Bréfritari: Andrés Fjeldsted
Viðtakandi: Einar Friðgeirsson
Dagsetning: A-1888-10-15
Skrifað á: Hvítárvöllum  Borg.

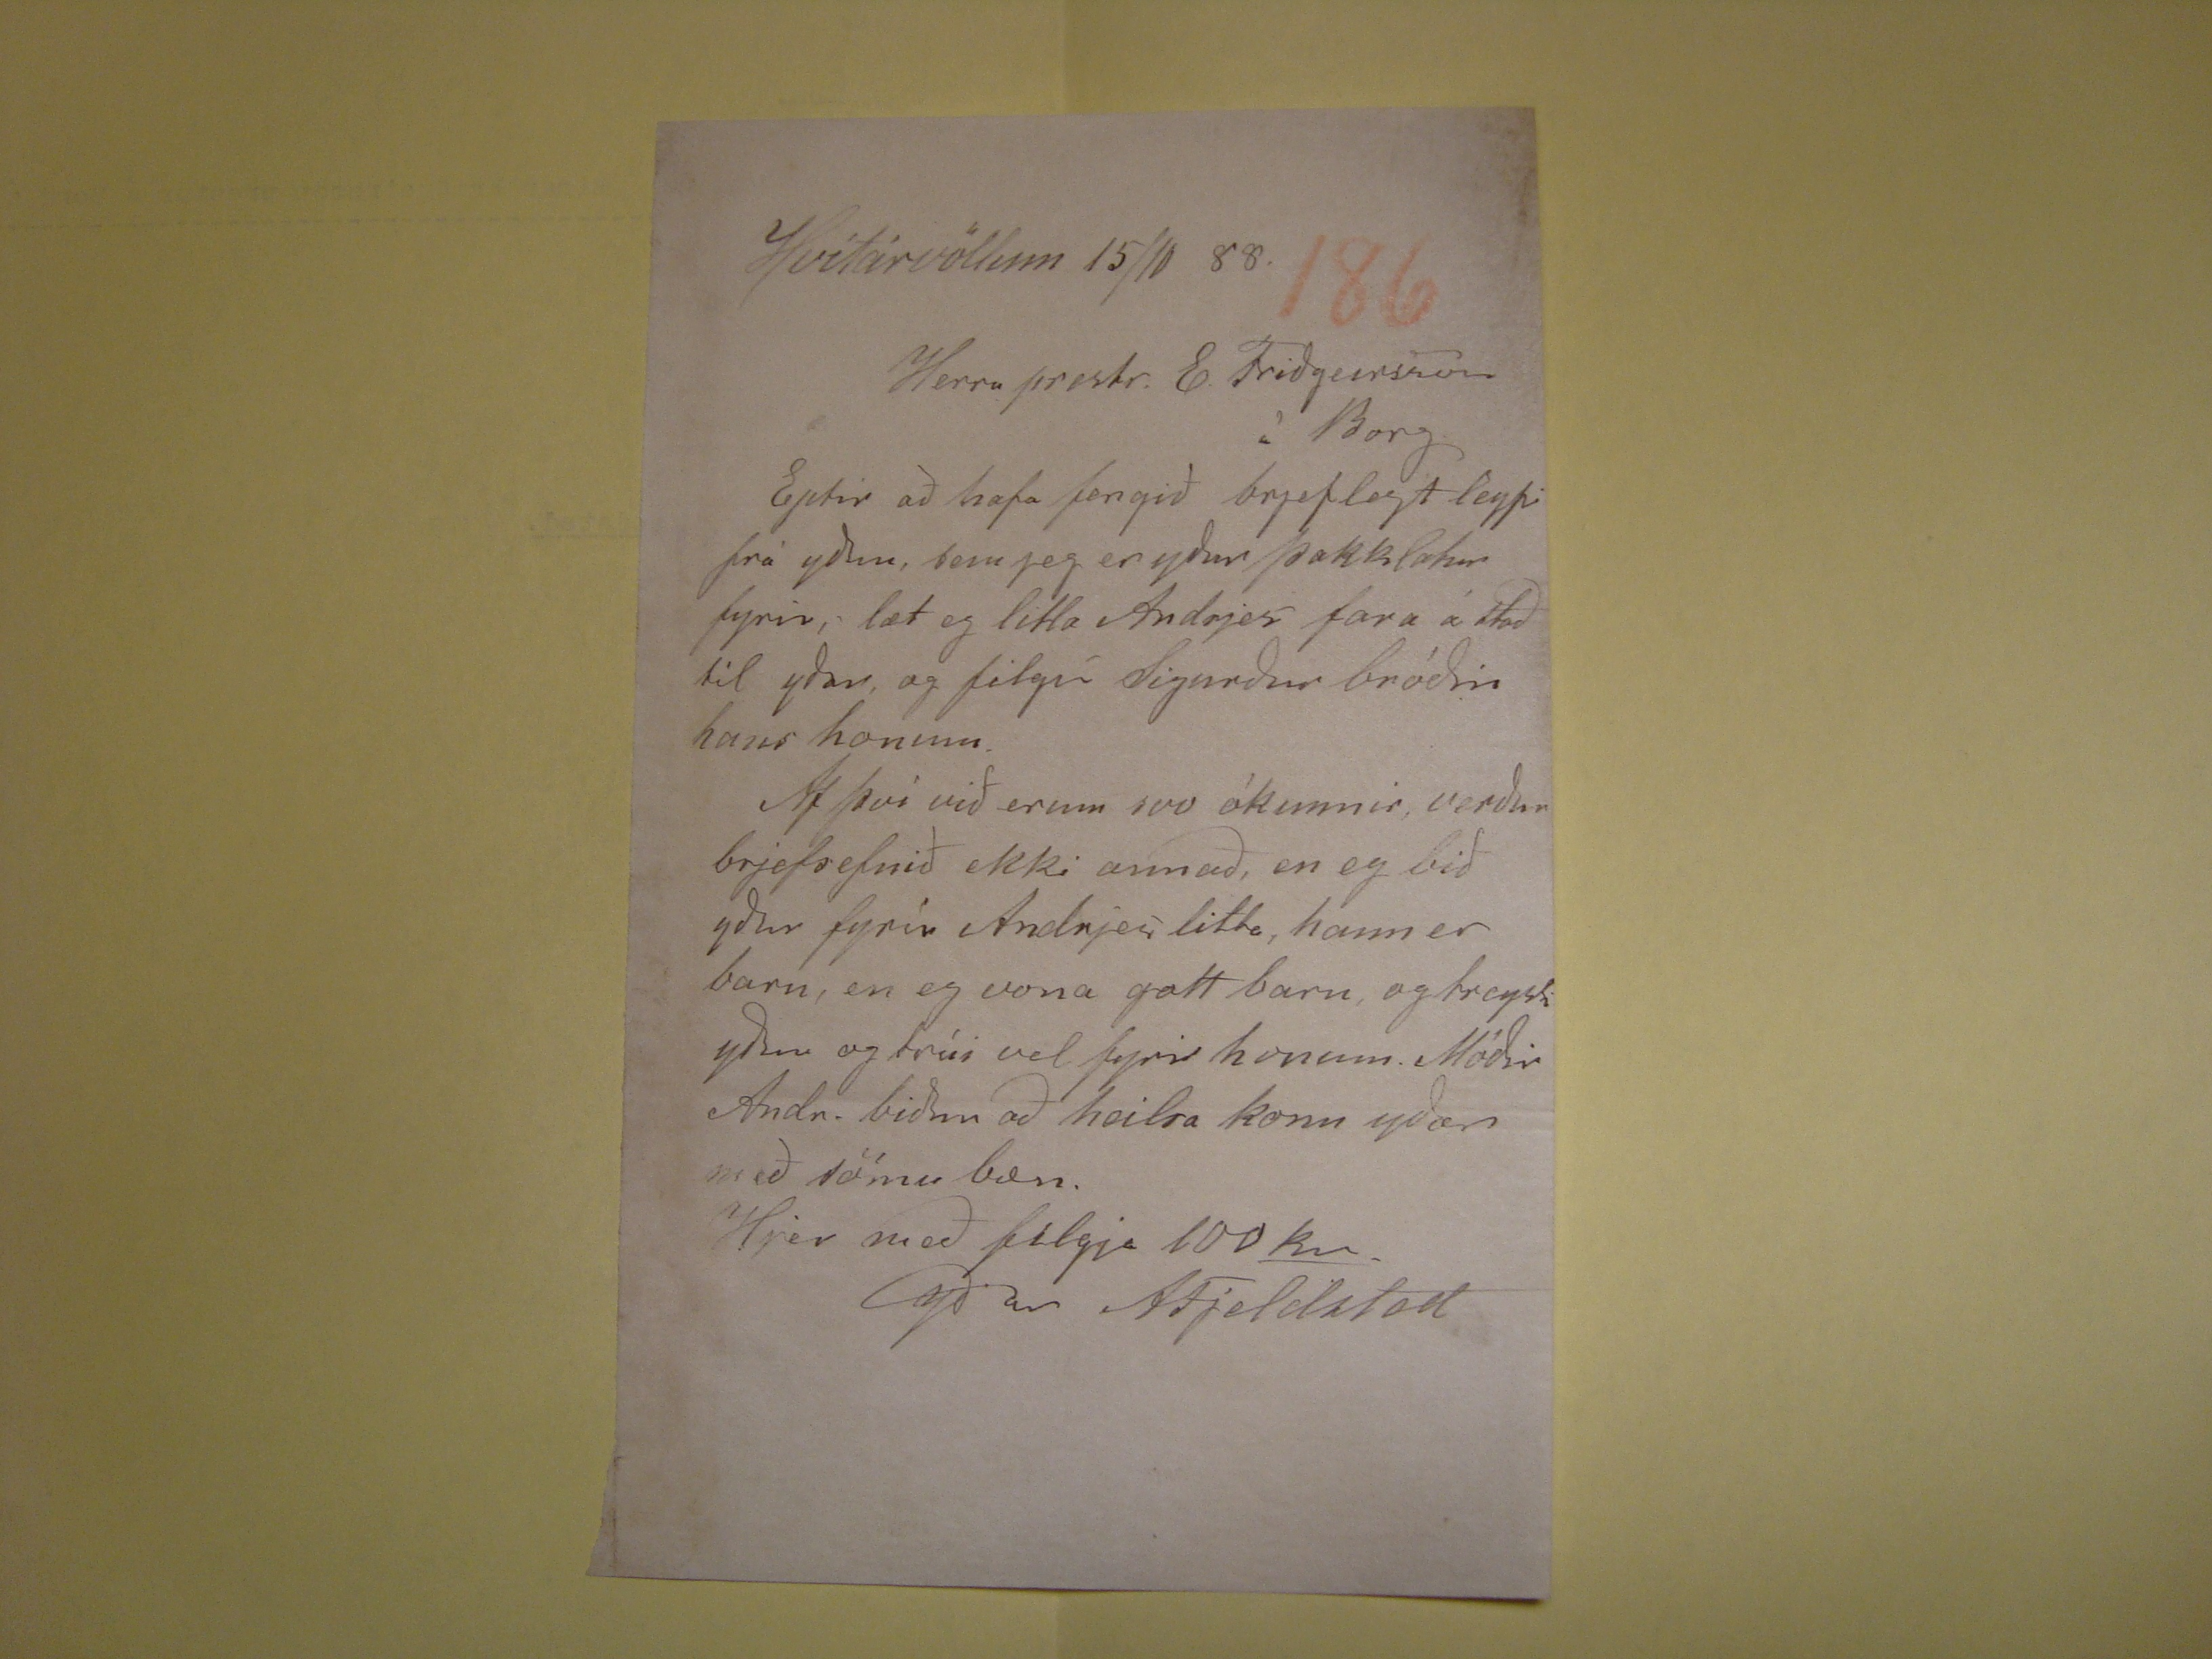

Hvítárvöllum 15/10 88.
Herra prestr. E. Friðgeirsson á Borg
Eptir að hafa fengið brjeflegt leyfi frá yður, sem jeg er yður þakklatur fyrir, læt eg litla Andrjes fara á stað til yðar, og filgir Sigurður bróðir hans honum. Af því
við erum svo ókunnir, verður brjefsefnið ekki annað, en eg við yður fyrir Andrjes litla, hann er barn, en eg vona gott barn, og treysti yður og trúi vel fyrir honum.
Móðir Andr. biður að heilsa konu yðar með sömu bæn.
Hjer með filgja 100
kr.
yðar AFjeldsted